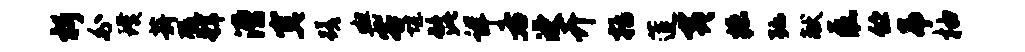
析外璞薪碾虢漕寞蹉舆客堪髭详右浸卉括莲夷掘弛献磊伫吊柚